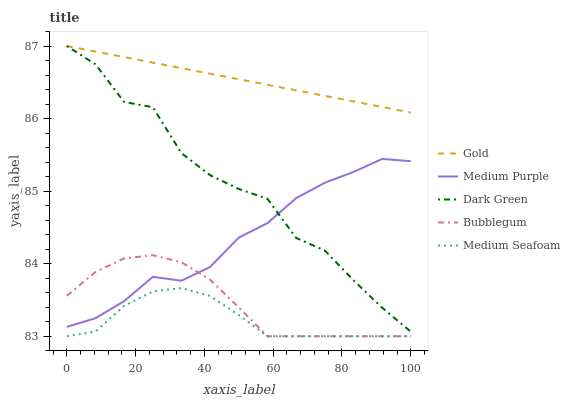
| xaxis_label | Gold | Medium Purple | Dark Green | Bubblegum | Medium Seafoam |
 | --- | --- | --- | --- | --- | --- |
 | 0 | 87 | 83.1 | 87 | 83.6 | 83 |
 | 8.33 | 86.9 | 83.2 | 86.7 | 83.9 | 83.1 |
 | 16.7 | 86.8 | 83.5 | 86.2 | 84.1 | 83.4 |
 | 25 | 86.8 | 83.8 | 86.2 | 84.1 | 83.6 |
 | 33.3 | 86.7 | 83.8 | 85.5 | 84 | 83.7 |
 | 41.7 | 86.6 | 84 | 85.2 | 83.8 | 83.6 |
 | 50 | 86.5 | 84.4 | 85 | 83.4 | 83.3 |
 | 58.3 | 86.5 | 84.6 | 84.9 | 83 | 83 |
 | 66.7 | 86.4 | 84.9 | 84.4 | 83 | 83 |
 | 75 | 86.3 | 85.1 | 84.2 | 83 | 83 |
 | 83.3 | 86.2 | 85.3 | 83.8 | 83 | 83 |
 | 91.7 | 86.2 | 85.4 | 83.4 | 83 | 83 |
 | 100 | 86.1 | 85.4 | 83.1 | 83 | 83 |